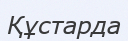
Құстарда